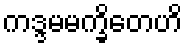
ကဒ္ဒမမက္ခိတေဟိ